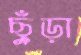
ছুঁড়া